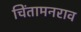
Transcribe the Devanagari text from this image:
चिंतामनराव